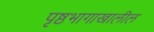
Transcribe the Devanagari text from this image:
पृष्ठभागाखालील